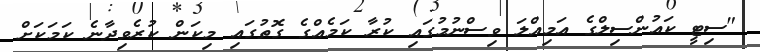
"ސިޓީ ކައުންސިލްގެ އަމިއްލަ ވިސްނުމުގައި ކުރާ ކަމެއްގެ ގޮތުގައި މިކަން ކުރެވިދާނެ ކަމަކަށް